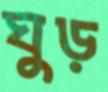
ঘুড়